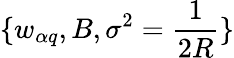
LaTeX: \{ w_{\alpha q},B,\sigma^{2}=\frac{1}{2R}\}